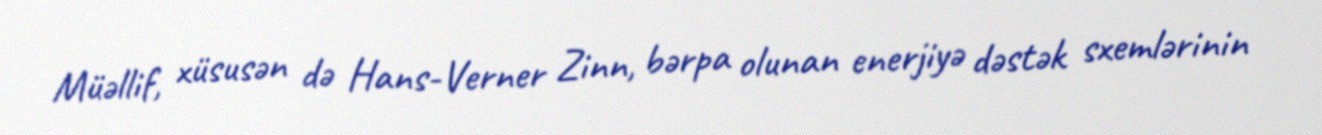
Müəllif, xüsusən də Hans-Verner Zinn, bərpa olunan enerjiyə dəstək sxemlərinin